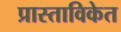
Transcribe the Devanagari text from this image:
प्रास्ताविकेत